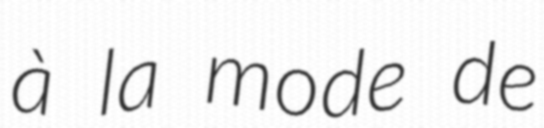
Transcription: à la mode de